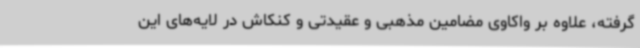
گرفته، علاوه بر واکاوی مضامین مذهبی و عقیدتی و کنکاش در لایه‌های این